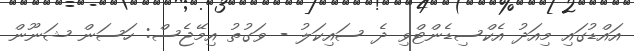
އައްޑުގައި މިއަދު އެކްސިޑެންޓްވި ދެ ސައިކަލު - ވަގުތު އިމޭޖެސް: ހަސަން ޝަނޫން